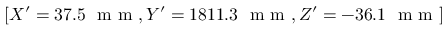
[ X ^ { \prime } = 3 7 . 5 ~ \textrm { m m } , Y ^ { \prime } = 1 8 1 1 . 3 ~ \textrm { m m } , Z ^ { \prime } = - 3 6 . 1 ~ \textrm { m m } ]